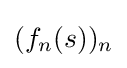
(f_{n}(s))_{n}